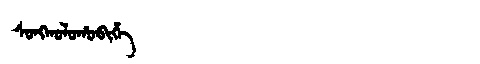
Manchu: ᠰᠣᠩᡴᠣᠯᠣᡥᠣᠪᡳᡥᡝ
Romanization: SONGKOLOHOBIHE